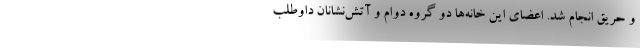
و حریق انجام شد. اعضای این خانه‌ها دو گروه دوام و آتش‌نشانان داوطلب